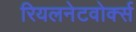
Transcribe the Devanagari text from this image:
रियलनेटवोर्क्स